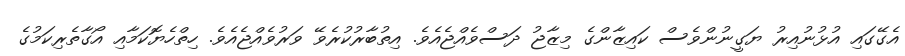
އެގޭގައި އުޅުނުއިރު ޔަގީނުންވެސް ކައިޒާންގެ މިޒާޖު ދަސްވެއްޖެއެވެ. އިތުބާރުކުރެވޭ ވަރުވެއްޖެއެވެ. ހިތްހެޔޮކަމާއި އޯގާތެރިކަމުގެ